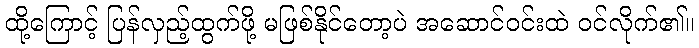
ထို့ကြောင့် ပြန်လှည့်ထွက်ဖို့ မဖြစ်နိုင်တော့ပဲ အဆောင်ဝင်းထဲ ဝင်လိုက်၏။